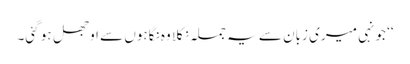
‘‘ جونہی میری زبان سے یہ جملہ نکلا وہ نگاہوں سے اوجھل ہو گئی۔